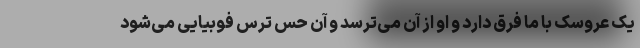
یک عروسک با ما فرق دارد و او از آن می‌ترسد و آن حس ترس فوبیایی می‌شود